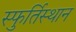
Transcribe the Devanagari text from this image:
स्फुर्तिस्थान